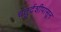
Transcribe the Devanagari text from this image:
चतुर्दशीपासून